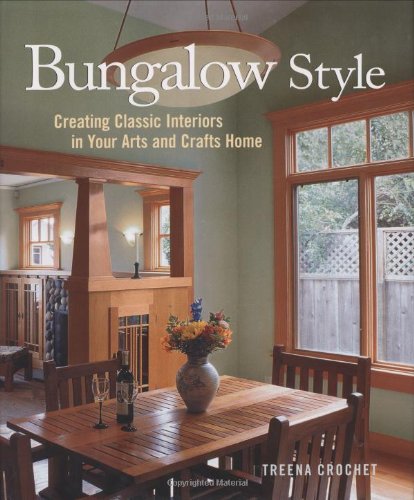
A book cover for Bungalow Style: Creating Classic Interiors in Your Arts and Crafts Home; Treena Crochet; Arts & Photography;